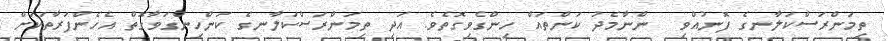
ތިމަންރަސްކަލާނގެ ފޮނުއްވި  ންނާމެދު ކަންތައް ހިންގެވިގޮތެވެ. އަދި ތިމަންރަސްކަލާނގެ ކަންހިންގަވާގޮތް އެހެންފަރާތަކަށް